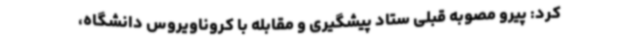
کرد: پیرو مصوبه قبلی ستاد پیشگیری و مقابله با کروناویروس دانشگاه،